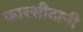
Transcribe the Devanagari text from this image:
फारसीदानी